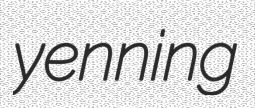
yenning